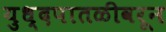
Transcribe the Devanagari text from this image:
युध्दपातळीवरून